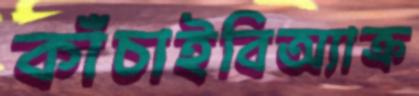
কাঁচাইবিঅ্যাক্র